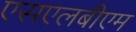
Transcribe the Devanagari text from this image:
एसएलबीएम